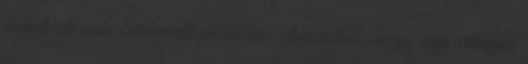
íveket, de más budapesti pontokon elmondták, hogy egy átlagos